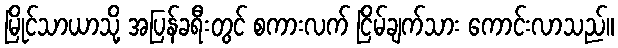
မြိုင်သာယာသို့ အပြန်ခရီးတွင် စကားလက် ငြိမ်ချက်သား ကောင်းလာသည်။